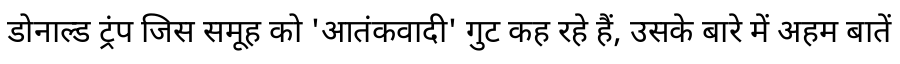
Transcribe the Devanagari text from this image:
डोनाल्ड ट्रंप जिस समूह को 'आतंकवादी' गुट कह रहे हैं, उसके बारे में अहम बातें